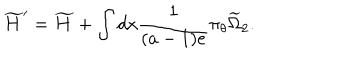
\widetilde { H } ^ { \prime } = \widetilde H + \int d x \frac { 1 } { ( a - 1 ) e } \pi _ { \theta } \widetilde { \Omega } _ { 2 } .